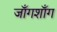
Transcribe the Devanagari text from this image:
जाँगशाँग